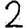
Digit: 2